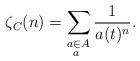
LaTeX: \begin{align*}\zeta_C(n)=\sum_{\substack{a\in A \\ a~}}{\frac{1}{a(t)^n}}.\end{align*}